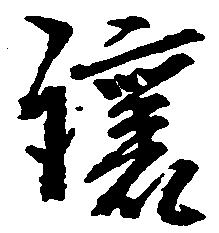
譲